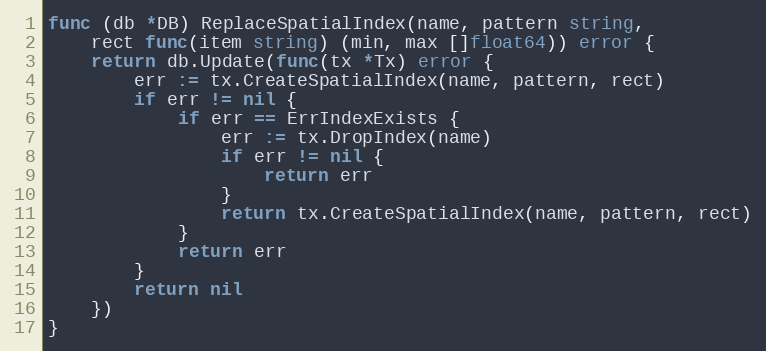
Language: Go
func (db *DB) ReplaceSpatialIndex(name, pattern string,
	rect func(item string) (min, max []float64)) error {
	return db.Update(func(tx *Tx) error {
		err := tx.CreateSpatialIndex(name, pattern, rect)
		if err != nil {
			if err == ErrIndexExists {
				err := tx.DropIndex(name)
				if err != nil {
					return err
				}
				return tx.CreateSpatialIndex(name, pattern, rect)
			}
			return err
		}
		return nil
	})
}